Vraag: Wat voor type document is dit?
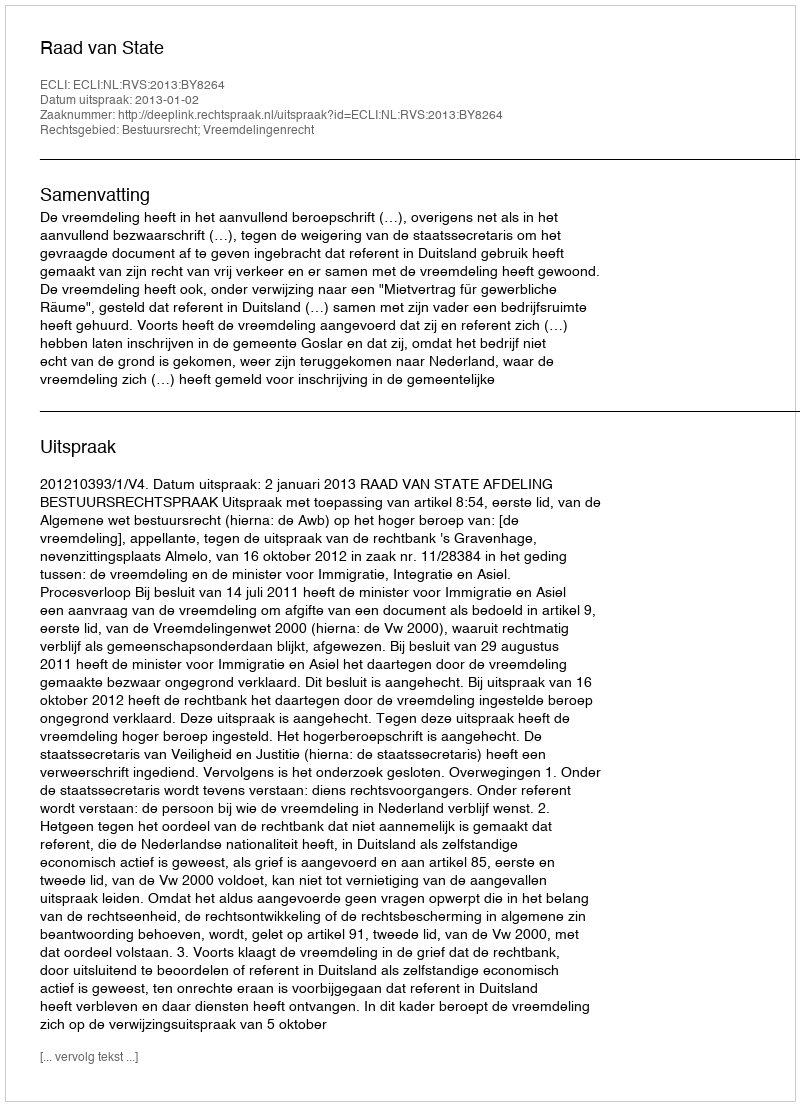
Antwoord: Uitspraak